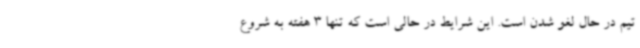
تیم در حال لغو شدن است. این شرایط در حالی است که تنها 3 هفته به شروع